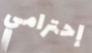
إحترامي